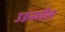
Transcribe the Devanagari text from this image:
उडनशील